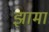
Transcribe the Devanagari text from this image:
झामा